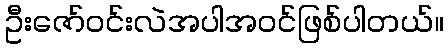
ဦးဇော်ဝင်းလဲအပါအဝင်ဖြစ်ပါတယ်။